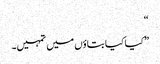
“
”کیا کیا بتاؤں میں تمہیں۔